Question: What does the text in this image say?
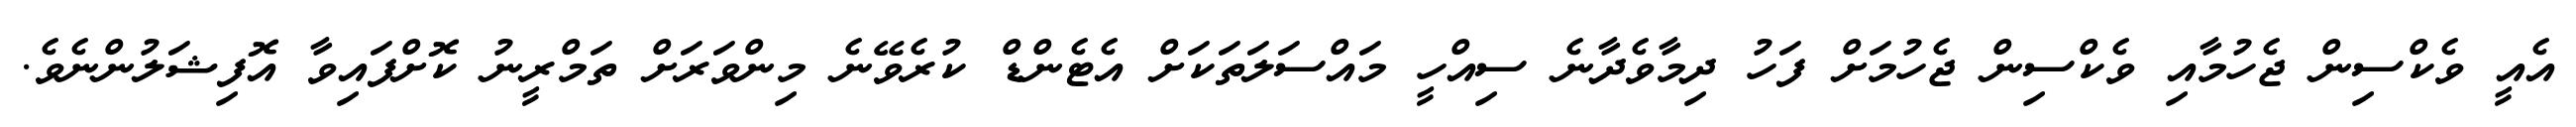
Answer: އެއީ ވެކްސިން ޖެހުމާއި ވެކްސިން ޖެހުމަށް ފަހު ދިމާވެދާނެ ސިއްހީ މައްސަލަތަކަށް އެޓެންޑް ކުރެވޭނެ މިންވަރަށް ތަމްރީނު ކޮށްފައިވާ އޮފިޝަލުންނެވެ.